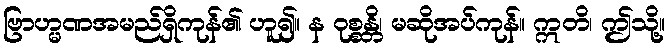
ဗြာဟ္မဏအမည်ရှိကုန်၏ ဟူ၍။ န ဝုစ္စန္တိ၊ မဆိုအပ်ကုန်။ ဣတိ၊ ဤသို့။